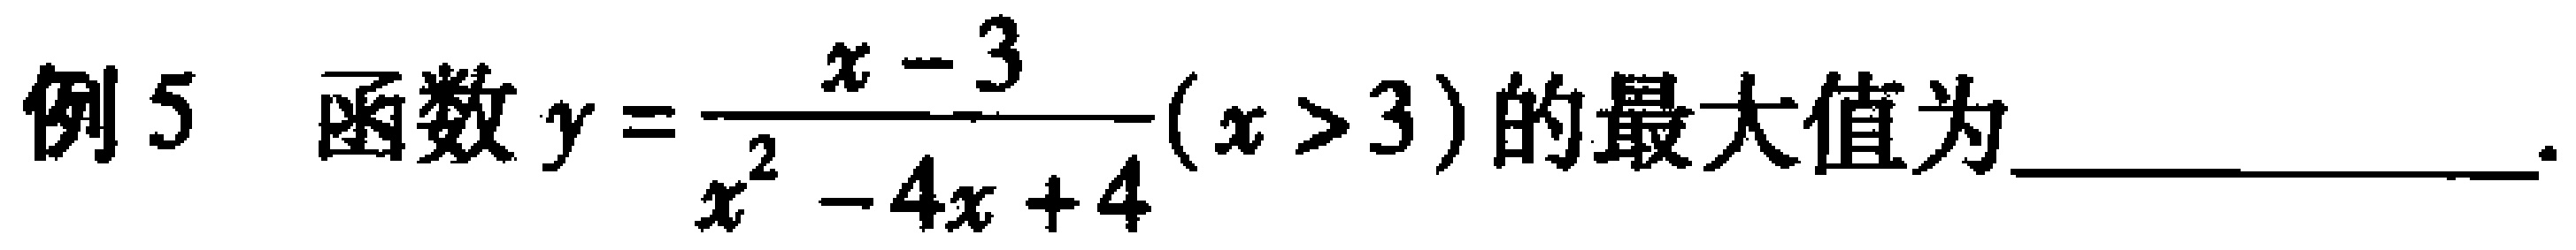
例5 函数\(y = \dfrac{x - 3}{x^{2} - 4x + 4}(x > 3)\)的最大值为  。